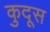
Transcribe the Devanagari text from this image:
कुदूस